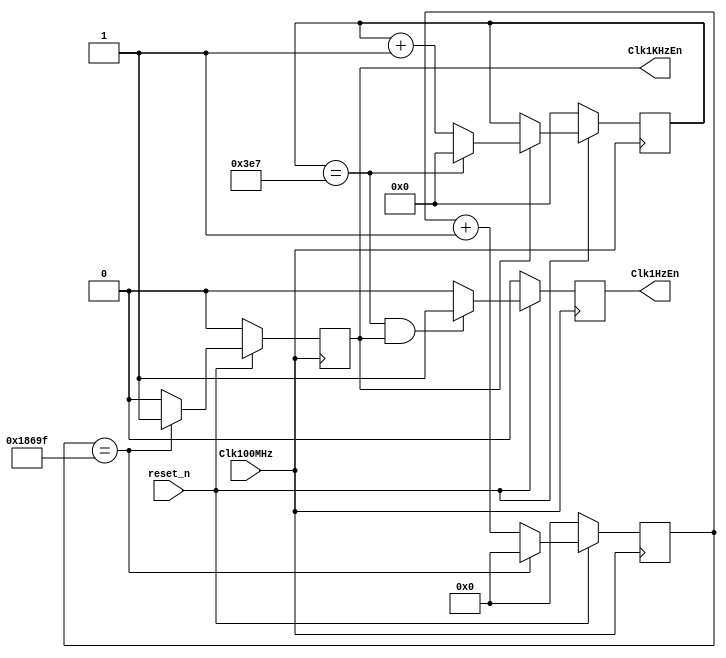
`timescale 1ns / 1ps
//////////////////////////////////////////////////////////////////////////////////
// Company: 
// Engineer: 
// 
// Design Name: 
// Module Name: clk_gen
// Project Name: 
// Target Devices: 
// Tool Versions: 
// Description: 
// 
// Dependencies: 
// 
// Revision:
// Revision 0.01 - File Created
// Additional Comments:
// 
//////////////////////////////////////////////////////////////////////////////////

module clk_gen(Clk100MHz, Clk1KHzEn, Clk1HzEn, reset_n);
    
    input Clk100MHz, reset_n;
    output reg Clk1KHzEn;
    output reg Clk1HzEn;
    reg [16:0] count;
    reg [9:0] count2;
    localparam MAX_COUNT=99999; //synthesis
    localparam MAX_COUNT2=999;
    
    //localparam MAX_COUNT=99; //simulation
    
    always @(posedge Clk100MHz) begin
        if(!reset_n)  
            count <= 0;
        else if (count == MAX_COUNT)
            count <= 0;
        else
            count <= count + 1;
    end
   
    always @(posedge Clk100MHz)    
        if(!reset_n)
            Clk1KHzEn <= 0;
        else if(count == MAX_COUNT)
            Clk1KHzEn <= 1;
        else
            Clk1KHzEn <= 0;
    
    always @(posedge Clk100MHz) begin
        if(!reset_n)  
            count2 <= 0;
        else if (Clk1KHzEn == 1) begin
            if(count2 == MAX_COUNT2)
                count2 <= 0;
            else
                count2 <= count2 + 1;
        end        
    end
    
    always @(posedge Clk100MHz)
        if(!reset_n)
            Clk1HzEn <= 0;
        else if (count2 == MAX_COUNT2 && Clk1KHzEn==1)
            Clk1HzEn <= 1;
        else
            Clk1HzEn <= 0;
            
endmodule